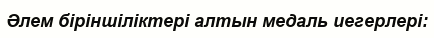
Әлем біріншіліктері алтын медаль иегерлері: